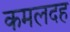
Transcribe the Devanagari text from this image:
कमलदह